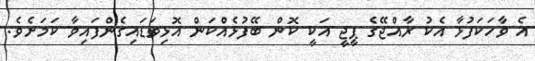
އެ ވާހަކަފުޅާ އެކު ރާއްޖޭގެ ޕީޖީ އަކީ ކޮން ބޭފުޅެއްކަން އޮޅިވަޑައިގެންފައިވާ ކަމަށެވެ.